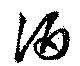
酒